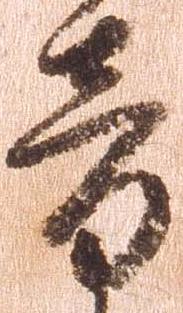
音